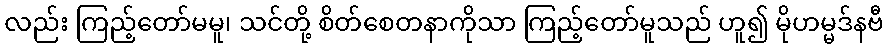
လည်း ကြည့်တော်မမူ၊ သင်တို့ စိတ်စေတနာကိုသာ ကြည့်တော်မူသည် ဟူ၍ မိုဟမ္မဒ်နဗီ